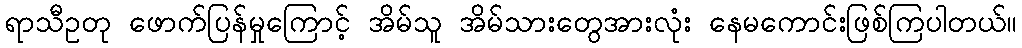
ရာသီဥတု ဖောက်ပြန်မှုကြောင့် အိမ်သူ အိမ်သားတွေအားလုံး နေမကောင်းဖြစ်ကြပါတယ်။